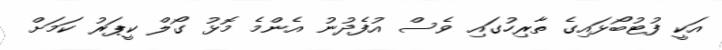
އަކީ ފުޓުބޯޅައިގެ ތާރިހުގައި ވެސް އުފެދުނު އެންމެ މޮޅު ގޯލް ކީޕަރު ކަމަށް